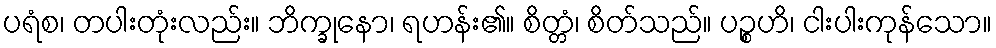
ပရံစ၊ တပါးတုံးလည်း။ ဘိက္ခုနော၊ ရဟန်း၏။ စိတ္တံ၊ စိတ်သည်။ ပဉ္စဟိ၊ ငါးပါးကုန်သော။